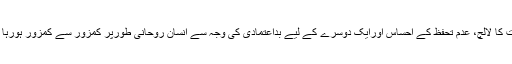
دولت کا لالچ، عدم تحفظ کے احساس اورایک دوسرے کے لیے بداعتمادی کی وجہ سے انسان روحانی طورپر کمزور سے کمزور ہورہا ہے۔